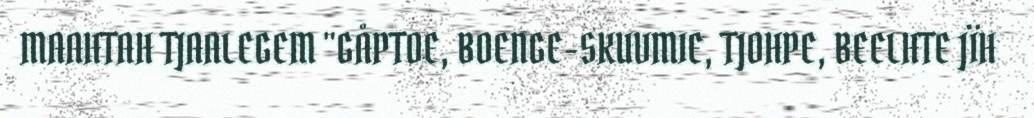
MAAHTAH TJAALEGEM "GÅPTOE, BOENGE-SKUVMIE, TJOHPE, BEELHTE JÏH